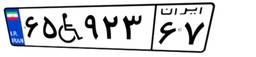
۹۴W۴۰۳۳۸